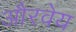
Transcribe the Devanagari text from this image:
औरवेय